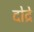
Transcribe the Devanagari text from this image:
दोद्रे